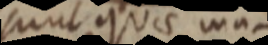
sunt quae ma-